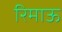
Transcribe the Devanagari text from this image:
रिमाऊ